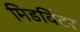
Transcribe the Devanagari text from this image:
मिडविंटर